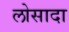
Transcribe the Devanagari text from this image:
लोसादा